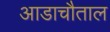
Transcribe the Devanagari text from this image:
आडाचौताल